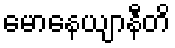
မောနေယျာနီတိ